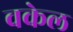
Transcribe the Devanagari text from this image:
वकेल